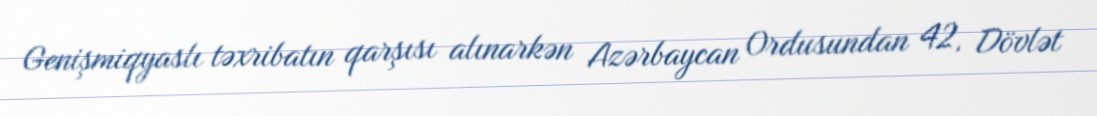
Genişmiqyaslı təxribatın qarşısı alınarkən Azərbaycan Ordusundan 42, Dövlət